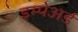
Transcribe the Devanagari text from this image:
इम्पेअर्ड